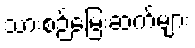
သားစဉ်မြေးဆက်များ